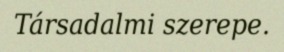
Társadalmi szerepe.